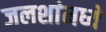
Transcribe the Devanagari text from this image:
जलशांमध्ये